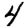
Digit: 4